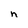
Character: n